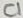
Text: C1